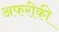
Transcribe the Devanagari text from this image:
अफरीकी